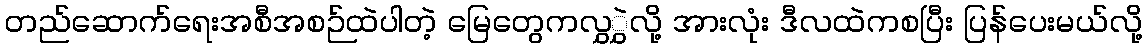
တည်ဆောက်ရေးအစီအစဉ်ထဲပါတဲ့ မြေတွေကလွှွှဲလို့ အားလုံး ဒီလထဲကစပြီး ပြန်ပေးမယ်လို့